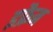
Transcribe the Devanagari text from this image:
इफ्रैम